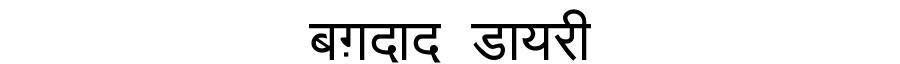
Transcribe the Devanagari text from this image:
बग़दाद डायरी